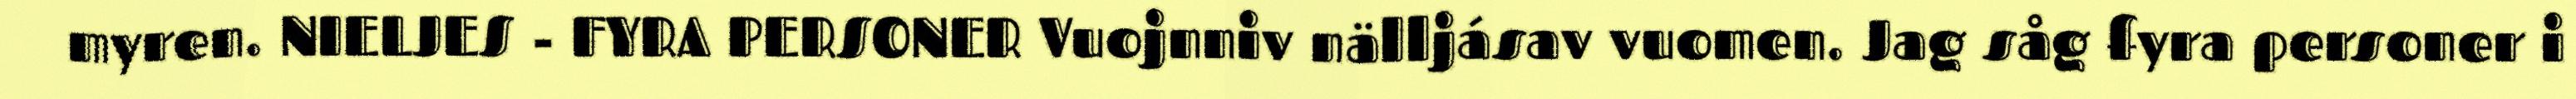
myren. NIELJES - FYRA PERSONER Vuojnniv nälljásav vuomen. Jag såg fyra personer i